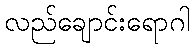
လည်ချောင်းရောဂါ